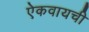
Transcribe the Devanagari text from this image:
ऐकवायची